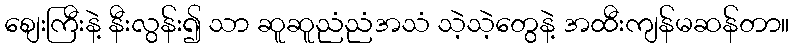
စျေးကြီးနဲ့ နီးလွန်း၍ သာ ဆူဆူညံညံအသံ သဲ့သဲ့တွေနဲ့ အထီးကျန်မဆန်တာ။